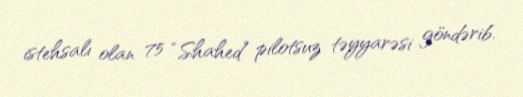
istehsalı olan 75 “Shahed” pilotsuz təyyarəsi göndərib.